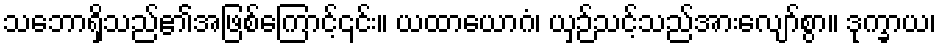
သဘောရှိသည်၏အဖြစ်ကြောင့်၎င်း။ ယထာယောဂံ၊ ယှဉ်သင့်သည်အားလျော်စွာ။ ဒုက္ခာယ၊